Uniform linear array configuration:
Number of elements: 16
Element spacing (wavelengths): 0.5
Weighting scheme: binomial
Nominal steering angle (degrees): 60
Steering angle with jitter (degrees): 58.538
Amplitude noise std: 0.05
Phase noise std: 0.05

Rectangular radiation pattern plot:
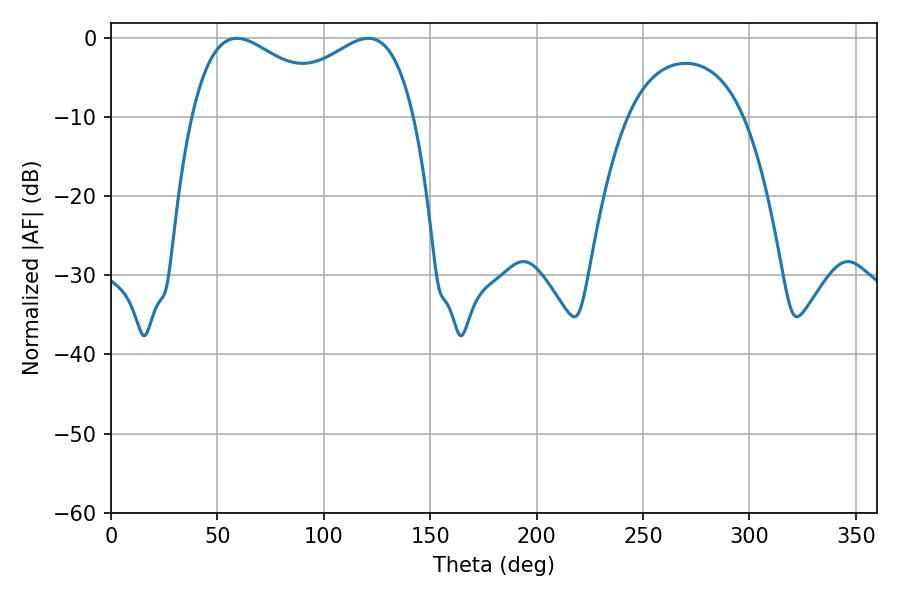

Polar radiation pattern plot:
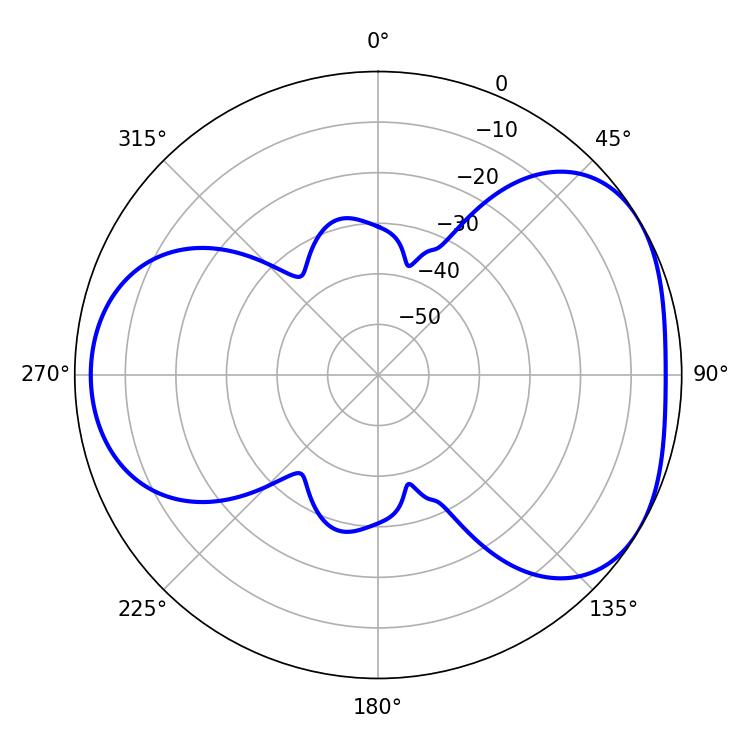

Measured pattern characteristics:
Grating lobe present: FALSE
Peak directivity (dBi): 4.271
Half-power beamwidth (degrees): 38.88
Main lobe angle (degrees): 59.04